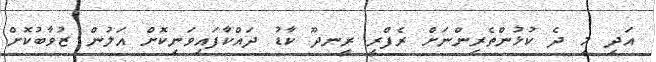
އަދި މި ދެ ކުޅުންތެރިންނަށް ރެފްރީ ރީނދޫ ކާޑު ދައްކާފައިވަނިކޮށް އަލުން ޒުވާބުކޮށް